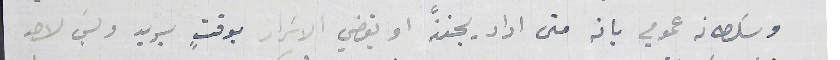
وسَلطانه عمومي بانه متى اراد يجنزّ او يقضي الاسرار بوقتٍ يريد وليسَ لاحد